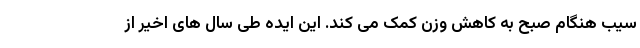
سیب هنگام صبح به کاهش وزن کمک می کند. این ایده طی سال های اخیر از